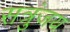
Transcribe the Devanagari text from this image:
सत्रुंजय